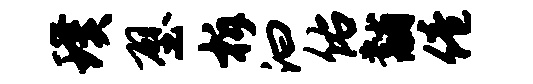
璞壁柝汩佑黼倦